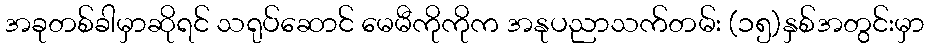
အခုတစ်ခါမှာဆိုရင် သရုပ်ဆောင် မေမီကိုကိုက အနုပညာသက်တမ်း (၁၅)နှစ်အတွင်းမှာ